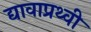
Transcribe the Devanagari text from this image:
द्यावाप्रथ्वी